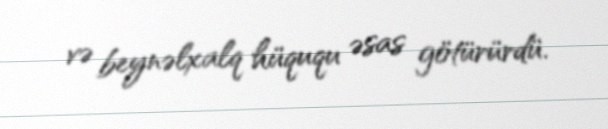
və beynəlxalq hüququ əsas götürürdü.